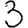
Digit: 3